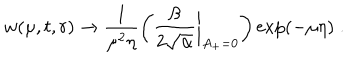
LaTeX: w ( \mu , t , r ) \to \frac { 1 } { \mu ^ { 2 } \eta } \left( \frac { \beta } { 2 \sqrt { \alpha } } \biggl | _ { A _ { + } = 0 } \right) \exp ( - \mu \eta ) \; .